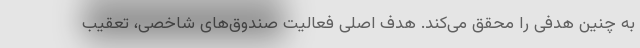
به چنین هدفی را محقق می‌کند. هدف اصلی فعالیت صندوق‌های شاخصی، تعقیب